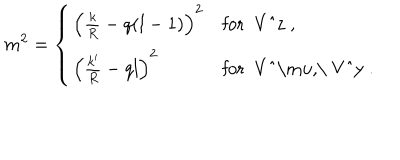
LaTeX: m ^ { 2 } = \left\{ \begin{array} { l l } { { \left( \frac k R - q ( l - 1 ) \right) ^ { 2 } } } & { { \mathrm { f o r ~ V ^ { z } ~ , } } } \\ { { \left( \frac { k ^ { \prime } } R - q l \right) ^ { 2 } } } & { { \mathrm { f o r ~ V ^ { \ m u } , \ V ^ { y } ~ } . } } \\ \end{array} \right.